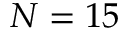
N = 1 5